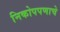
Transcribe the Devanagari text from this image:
निकोपपणाचे